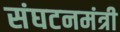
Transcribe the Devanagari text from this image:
संघटनमंत्री